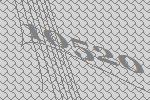
10520